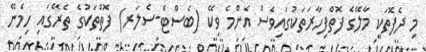
މި ދެފޮތަކީ މާލޭގެ ފޮތްފިހާރަތަކުގައިވެސް އެންމެ ވިކޭ (ބެސްޓް-ސެލަރ) ފޮތްތަކުގެ ތެރޭގައި ހިމެނޭ